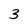
Character: 3